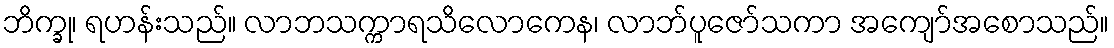
ဘိက္ခု၊ ရဟန်းသည်။ လာဘသက္ကာရသိလောကေန၊ လာဘ်ပူဇော်သကာ အကျော်အစောသည်။